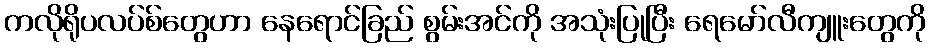
ကလိုရိုပလပ်စ်တွေဟာ နေရောင်ခြည် စွမ်းအင်ကို အသုံးပြုပြီး ရေမော်လီကျူးတွေကို